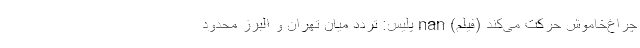
چراغ‌خاموش حرکت می‌کند (فیلم) nan پلیس: تردد میان تهران و البرز محدود